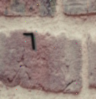
٦